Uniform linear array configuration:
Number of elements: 4
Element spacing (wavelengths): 0.75
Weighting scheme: hamming
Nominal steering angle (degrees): -45
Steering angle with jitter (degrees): -44.626
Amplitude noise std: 0.05
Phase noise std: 0.05

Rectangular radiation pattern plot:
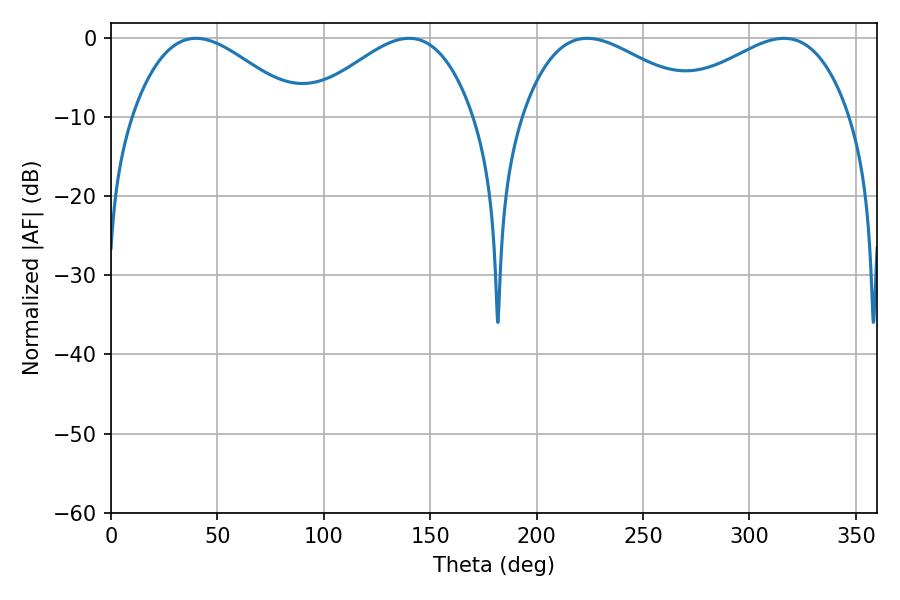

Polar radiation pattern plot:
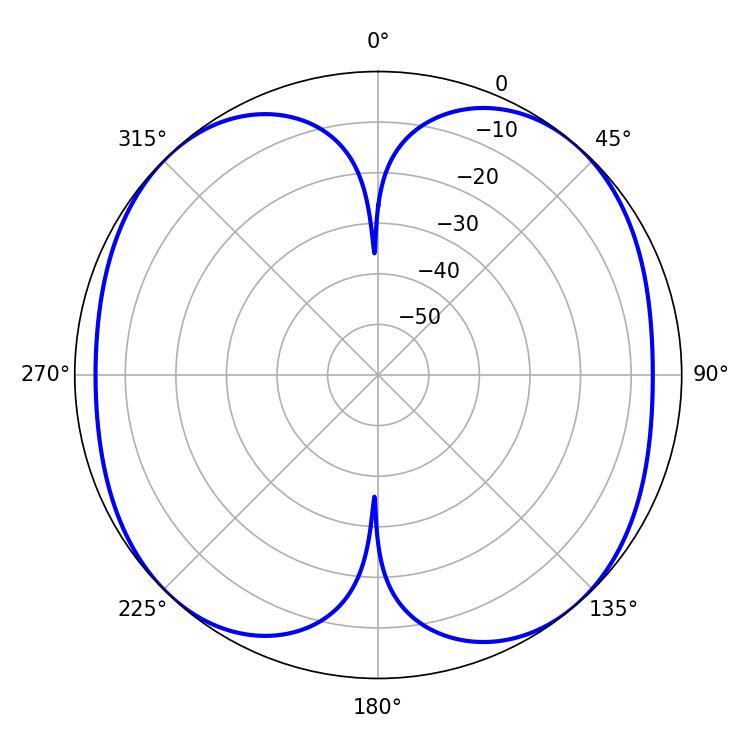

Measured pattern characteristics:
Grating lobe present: TRUE
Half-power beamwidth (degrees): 47.34
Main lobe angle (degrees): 316.26